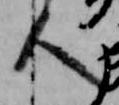
人